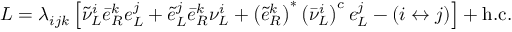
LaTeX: { \cal L } = \lambda _ { i j k } \left[ \tilde { \nu } _ { L } ^ { i } \bar { e } _ { R } ^ { k } e _ { L } ^ { j } + \tilde { e } _ { L } ^ { j } \bar { e } _ { R } ^ { k } \nu _ { L } ^ { i } + \left( \tilde { e } _ { R } ^ { k } \right) ^ { * } \left( \bar { \nu } _ { L } ^ { i } \right) ^ { c } e _ { L } ^ { j } - ( i \leftrightarrow j ) \right] + \mathrm { h . c . }